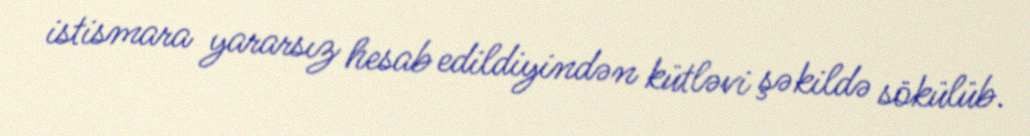
istismara yararsız hesab edildiyindən kütləvi şəkildə sökülüb.